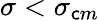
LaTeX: \sigma<\sigma_{\mathsf{c}m}